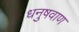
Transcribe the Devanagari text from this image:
धनुषवाण